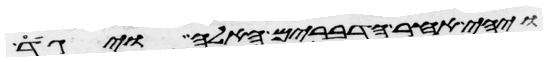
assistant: ויהי אחר הדברים האלה ויגד